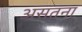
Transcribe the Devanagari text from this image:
असतना